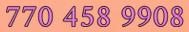
770 458 9908